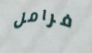
فرامل